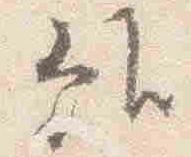
雖